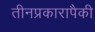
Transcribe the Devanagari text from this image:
तीनप्रकारापैकी